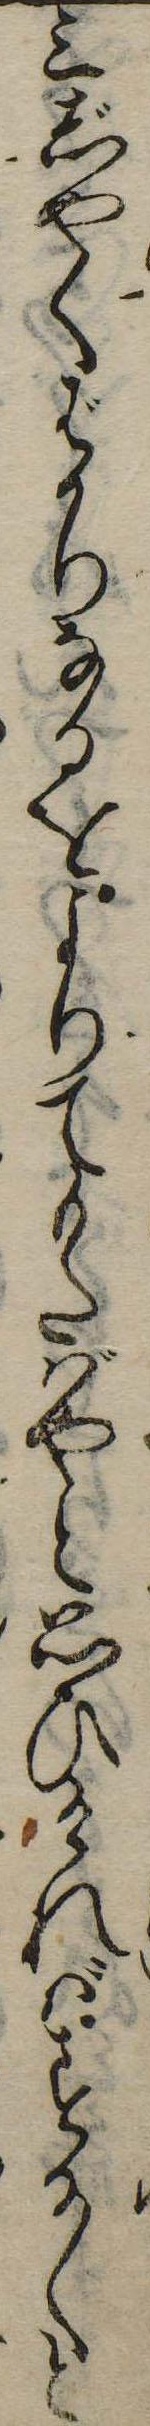
三じやくばかりなるをよりてもたばやと思ひければする〱と